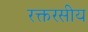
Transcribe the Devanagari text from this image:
रक्तरसीय